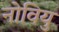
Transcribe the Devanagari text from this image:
नोवियु